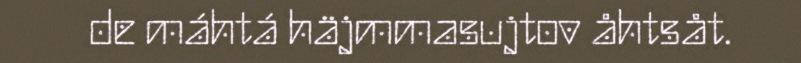
de máhtá häjmmasujtov åhtsåt.